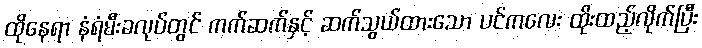
ထိုနေရာ နံရံမီးခလုပ်တွင် ကက်ဆက်နှင့် ဆက်သွယ်ထားသော ပင်ကလေး ထိုးထည့်လိုက်ပြီး